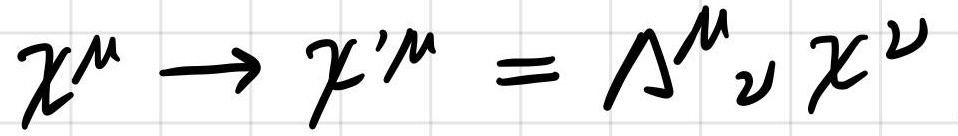
$x^{\mu} \rightarrow x^{\prime \mu}=\Lambda^{\mu}{ }_{\nu} x^{\nu}$